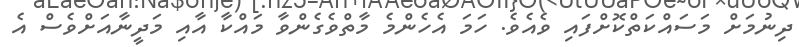
ދިނުމަށް މަސައްކަތްކޮށްފައި ވެއެވެ. ހަމަ އެހެންމެ މާތްވެގެންވާ މައްކާ އާއި މަދީނާއަށްވެސް އެ